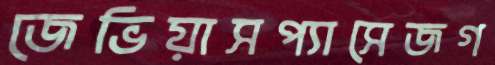
জেভিয়াসপ্যাসেজগ